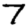
Digit: 7